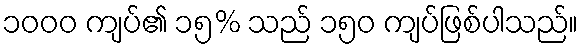
၁၀၀၀ ကျပ်၏ ၁၅% သည် ၁၅၀ ကျပ်ဖြစ်ပါသည်။